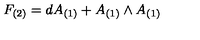
F _ { ( 2 ) } = d A _ { ( 1 ) } + A _ { ( 1 ) } \wedge A _ { ( 1 ) }